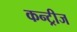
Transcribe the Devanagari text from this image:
कन्ट्रीज